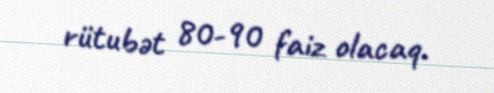
rütubət 80-90 faiz olacaq.